Scientific memoirs by medical officers of the Army of India - Part III,
Year: 1887
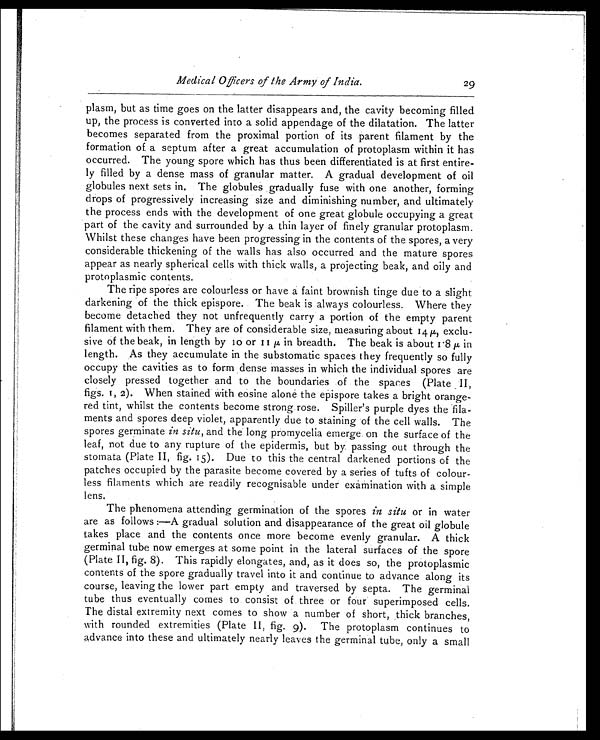
Medical Officers of the Army of India.
29
plasm, but as time goes on the latter disappears and, the cavity becoming filled
up, the process is converted into a solid appendage of the dilatation. The latter
becomes separated from the proximal portion of its parent filament by the
formation of a septum after a great accumulation of protoplasm within it has
occurred. The young spore which has thus been differentiated is at first entire
-ly filled by a dense mass of granular matter. A gradual development of oil
globules next sets in. The globules gradually fuse with one another, forming
drops of progressively increasing size and diminishing number, and ultimately
the process ends with the development of one great globule occupying a great
part of the cavity and surrounded by a thin layer of finely granular protoplasm.
Whilst these changes have been progressing in the contents of the spores, a very
considerable thickening of the walls has also occurred and the mature spores
appear as nearly spherical cells with thick walls, a projecting beak, and oily and
protoplasmic contents.
The ripe spores are colourless or have a faint brownish tinge due to a slight
darkening of the thick epispore. The beak is always colourless. Where they
become detached they not unfrequently carry a portion of the empty parent
filament with them. They are of considerable size, measuring about 14µ , exclu
-sive of the beak, in length by 10 or 11µ in breadth. The beak is about 1·8µ in
length. As they accumulate in the substomatic spaces they frequently so fully
occupy the cavities as to form dense masses in which the individual spores are
closely pressed together and to the boundaries of the spaces (Plate II,
figs. 1, 2). When stained with eosine alone the epispore takes a bright orange
-red tint, whilst the contents become strong rose. Spiller's purple dyes the fila
-ments and spores deep violet, apparently due to staining of the cell walls. The
spores germinate in situ, and the long promycelia emerge on the surface of the
leaf, not due to any rupture of the epidermis, but by passing out through the
stomata (Plate II, fig. 15). Due to this the central darkened portions of the
patches occupied by the parasite become covered by a series of tufts of colour
-less filaments which are readily recognisable under examination with a simple
lens.
The phenomena attending germination of the spores in situ or in water
are as follows:—A gradual solution and disappearance of the great oil globule
takes place and the contents once more become evenly granular. A thick
germinal tube now emerges at some point in the lateral surfaces of the spore
(Plate II, fig. 8). This rapidly elongates, and, as it does so, the protoplasmic
contents of the spore gradually travel into it and continue to advance along its
course, leaving the lower part empty and traversed by septa. The germinal
tube thus eventually comes to consist of three or four superimposed cells.
The distal extremity next comes to show a number of short, thick branches,
with rounded extremities (Plate II, fig. 9). The protoplasm continues to
advance into these and ultimately nearly leaves the germinal tube, only a small